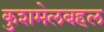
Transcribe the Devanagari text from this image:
कुशमेलबहल